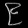
Digit: ၉